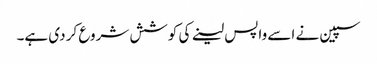
سپین نے اسے واپس لینے کی کوشش شروع کر دی ہے۔